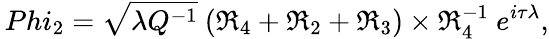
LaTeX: \, Phi_{2}=\sqrt{\lambda Q^{-1}}~(\Re_{4}+\Re_{2}+\Re_{3})\times\Re_{4}^{-1}~e^{i\tau\lambda},